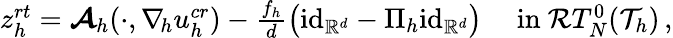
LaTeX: \begin{array}{r}{z_{h}^{\textit{rt}}=\boldsymbol{\mathcal{A}}_{h}(\cdot,\nabla_{\! h}u_{h}^{\textit{cr}})-\frac{f_{h}}{d}\big(\textup{id}_{\mathbb{R}^{d}}-\Pi_{h}\textup{id}_{\mathbb{R}^{d}}\big)\quad\mathrm{~in~}\mathcal{R}T_{N}^{0}(\mathcal{T}_{h})\, ,}\end{array}